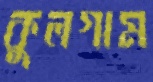
কুলগাম